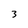
Character: 3